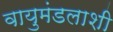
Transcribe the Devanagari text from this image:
वायुमंडलाशी